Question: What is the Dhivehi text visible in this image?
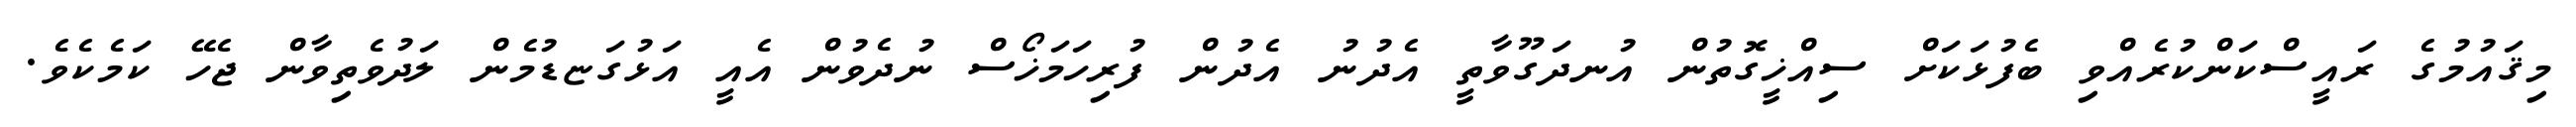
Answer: މިޤައުމުގެ ރައީސްކަންކުރެއްވި ބެފުޅަކަށް ސިއްޚީގޮތުން އުނދަގޫވާތީ އެދުނު އެދުން ފުރިހަމަޚޯސް ނުދެވުން އެއީ އަޅުގަޏޑުމެން ލަދުވެތިވާން ޖެހޭ ކަމެކެވެ.